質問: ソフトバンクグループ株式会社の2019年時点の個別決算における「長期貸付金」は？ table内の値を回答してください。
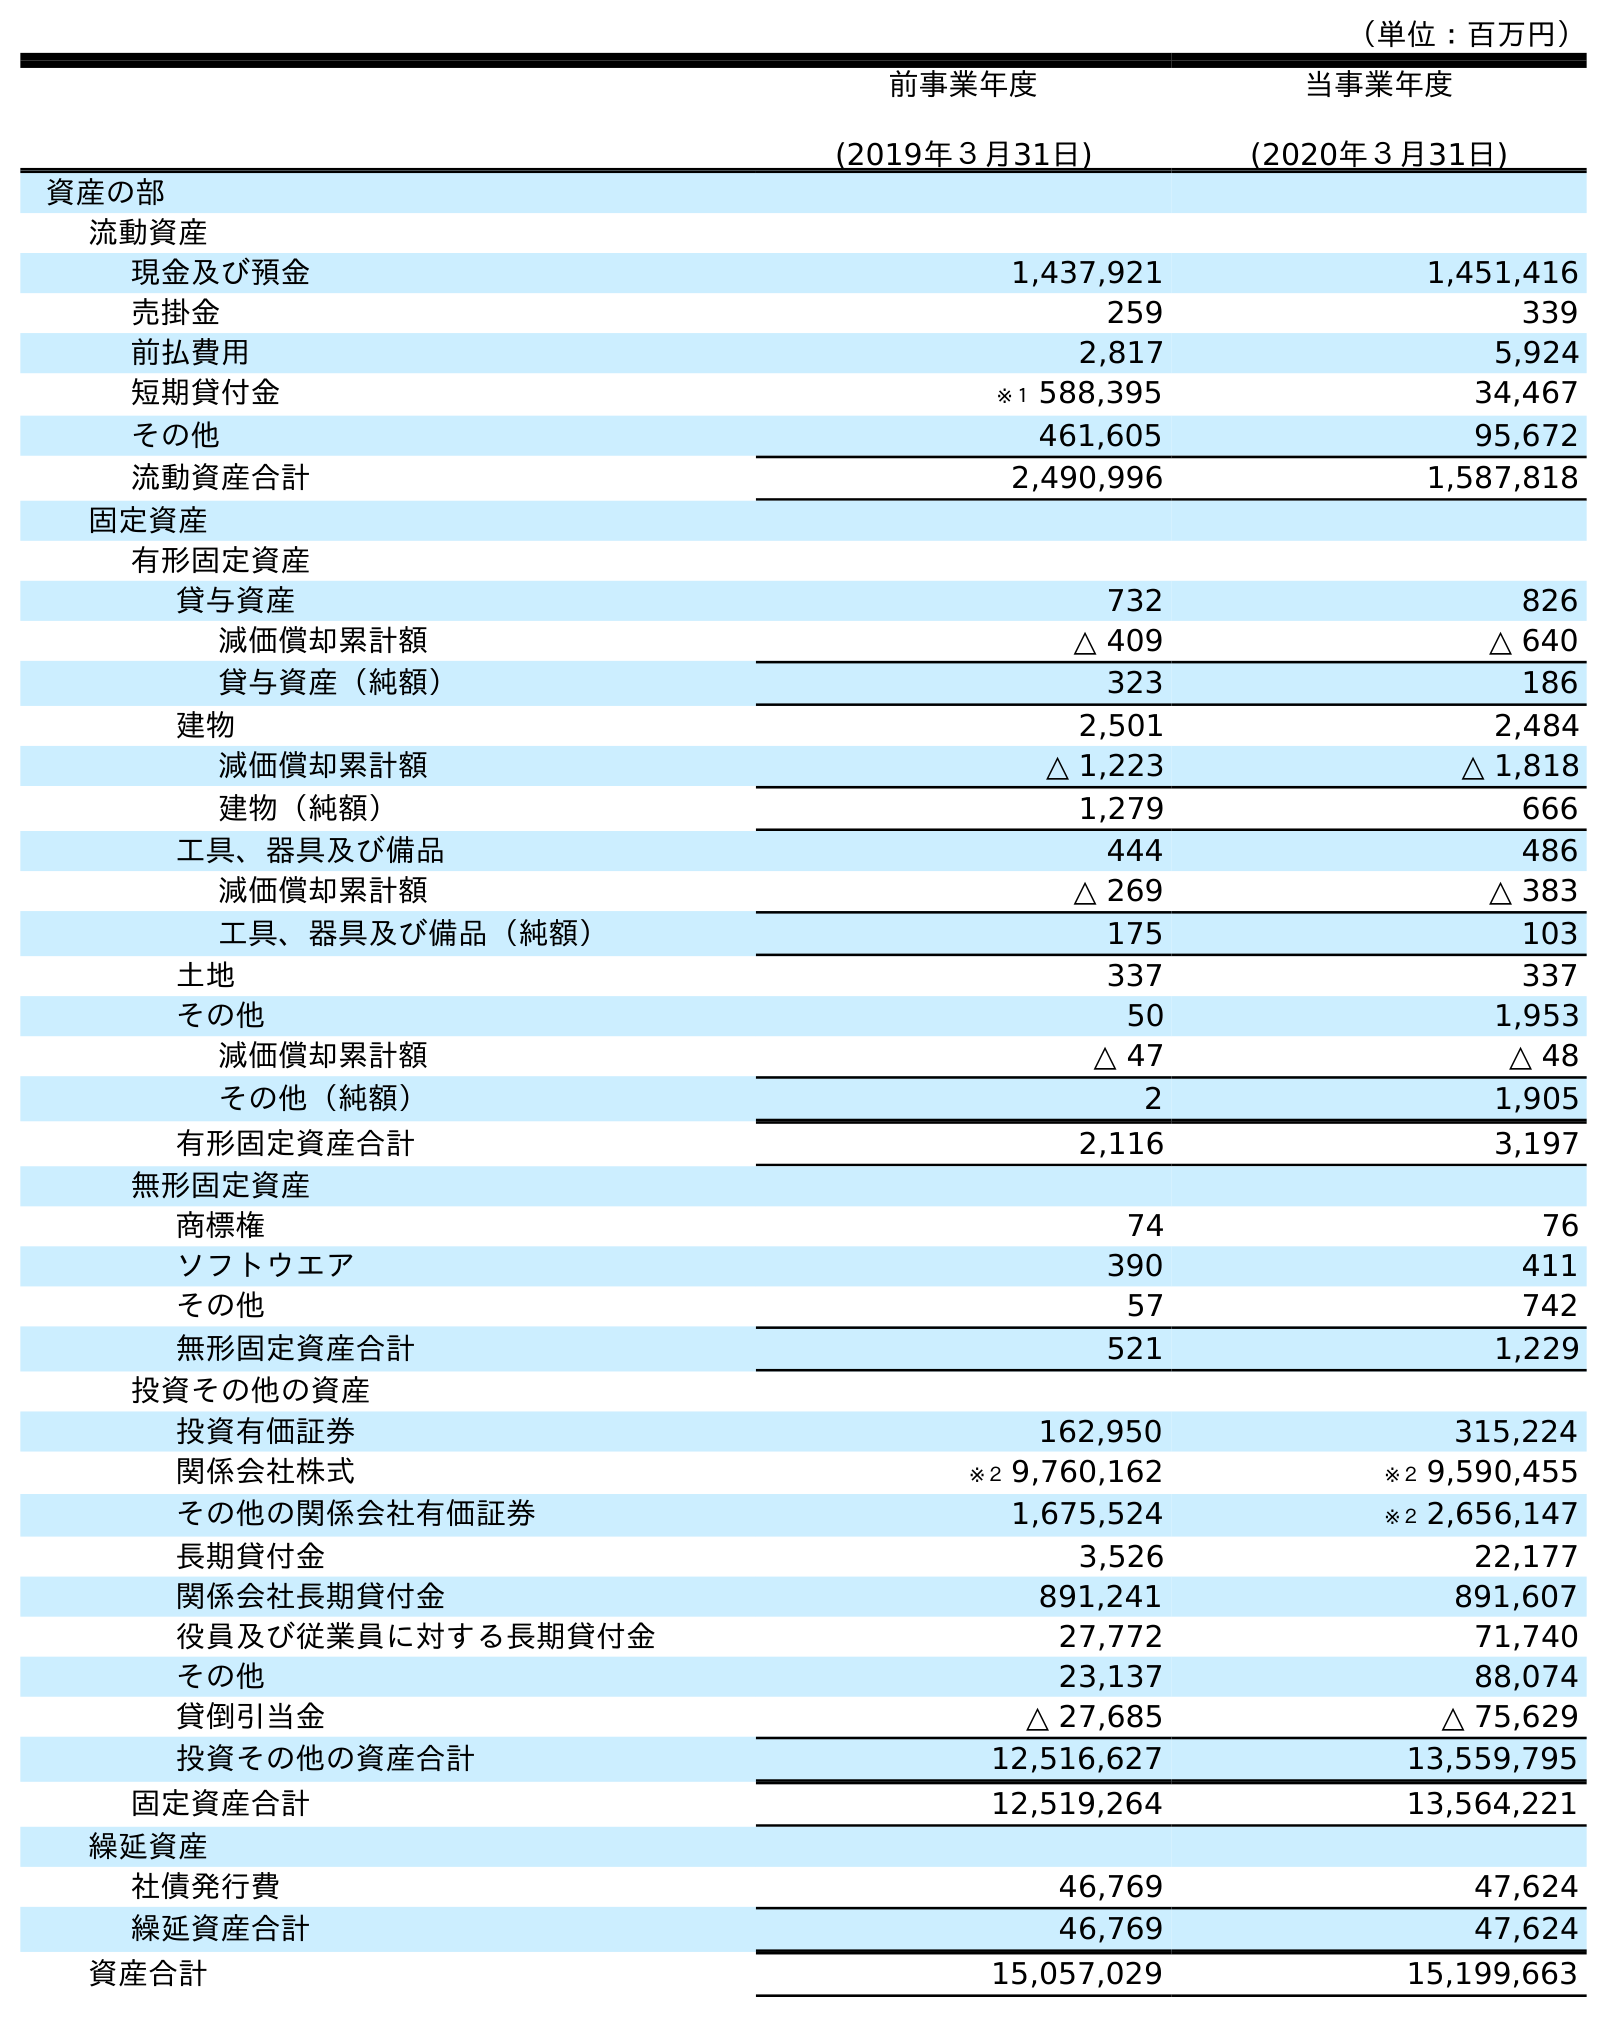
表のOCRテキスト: （単位：百万円） 前事業年度 (2019年３月31日) 当事業年度 (2020年３月31日) 資産の部 流動資産 現金及び預金 1,437,921 1,451,416 売掛金 259 339 前払費用 2,817 5,924 短期貸付金 ※１ 588,395 34,467 その他 461,605 95,672 流動資産合計 2,490,996 1,587,818 固定資産 有形固定資産 貸与資産 732 826 減価償却累計額 △ 409 △ 640 貸与資産（純額） 323 186 建物 2,501 2,484 減価償却累計額 △ 1,223 △ 1,818 建物（純額） 1,279 666 工具、器具及び備品 444 486 減価償却累計額 △ 269 △ 383 工具、器具及び備品（純額） 175 103 土地 337 337 その他 50 1,953 減価償却累計額 △ 47 △ 48 その他（純額） 2 1,905 有形固定資産合計 2,116 3,197 無形固定資産 商標権 74 76 ソフトウエア 390 411 その他 57 742 無形固定資産合計 521 1,229 投資その他の資産 投資有価証券 162,950 315,224 関係会社株式 ※２ 9,760,162 ※２ 9,590,455 その他の関係会社有価証券 1,675,524 ※２ 2,656,147 長期貸付金 3,526 22,177 関係会社長期貸付金 891,241 891,607 役員及び従業員に対する長期貸付金 27,772 71,740 その他 23,137 88,074 貸倒引当金 △ 27,685 △ 75,629 投資その他の資産合計 12,516,627 13,559,795 固定資産合計 12,519,264 13,564,221 繰延資産 社債発行費 46,769 47,624 繰延資産合計 46,769 47,624 資産合計 15,057,029 15,199,663
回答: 3,526